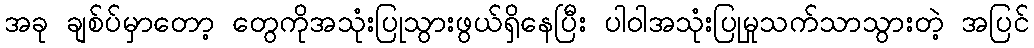
အခု ချစ်ပ်မှာတော့ တွေကိုအသုံးပြုသွားဖွယ်ရှိနေပြီး ပါဝါအသုံးပြုမှုသက်သာသွားတဲ့ အပြင်